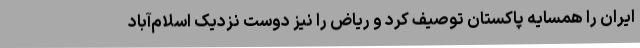
ایران را همسایه پاکستان توصیف کرد و ریاض را نیز دوست نزدیک اسلام‌آباد